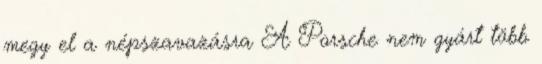
megy el a népszavazásra A Porsche nem gyárt több